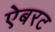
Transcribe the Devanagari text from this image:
ऐबरट